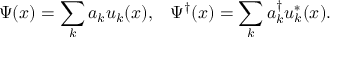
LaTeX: \Psi ( x ) = \sum _ { k } a _ { k } u _ { k } ( x ) , \; \; \; \Psi ^ { \dagger } ( x ) = \sum _ { k } a _ { k } ^ { \dagger } u _ { k } ^ { * } ( x ) .